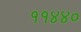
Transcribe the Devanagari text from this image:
११४४०